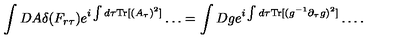
\int D A \delta ( F _ { r \tau } ) e ^ { i \int d \tau { \mathrm { T r } } [ ( A _ { \tau } ) ^ { 2 } ] } \ldots = \int D g e ^ { i \int d \tau { \mathrm { T r } } [ ( g ^ { - 1 } \partial _ { \tau } g ) ^ { 2 } ] } \ldots .